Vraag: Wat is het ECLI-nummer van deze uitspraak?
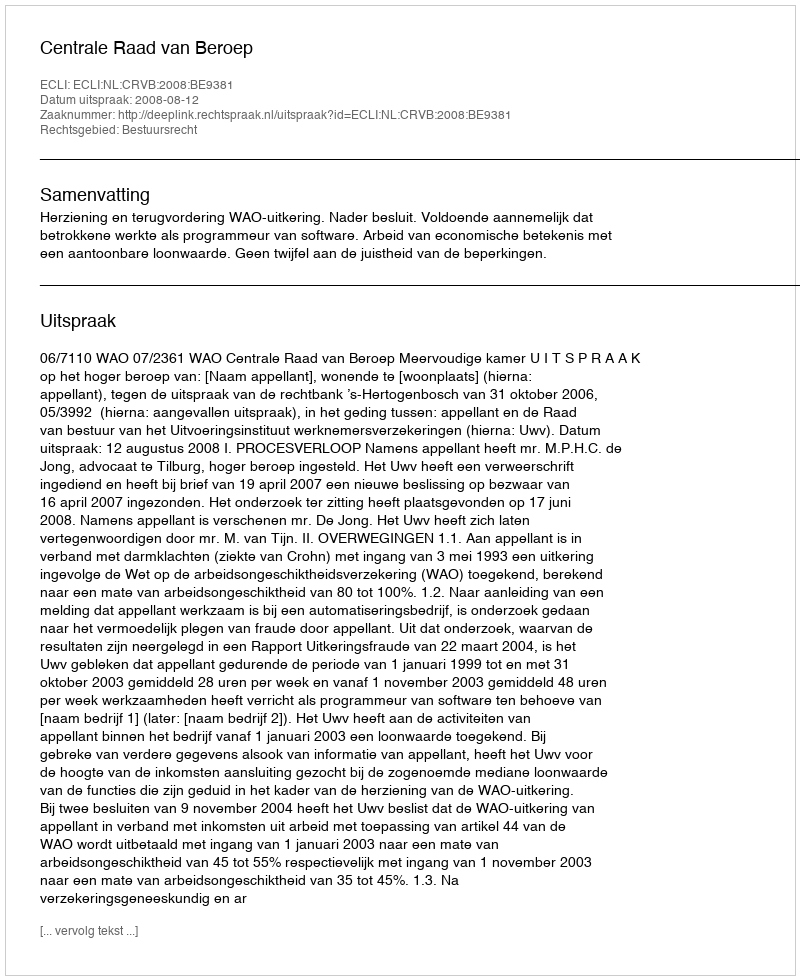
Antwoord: ECLI:NL:CRVB:2008:BE9381